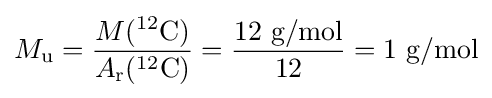
M_{\text{u}}={\frac {M(^{12}{\text{C}})}{A_{\text{r}}(^{12}{\text{C}})}}={\frac {12{\text{ g/mol}}}{12}}=1{\text{ g/mol}}